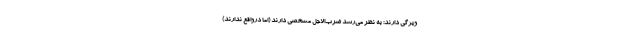
ویژگی دارند: به نظر می‌رسد ضرب‌الاجل مشخصی دارند (اما درواقع ندارند)